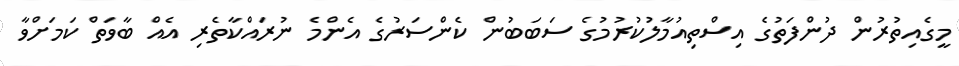
މީގެއިތުރުން ދުންފަތުގެ އިސްތިއުމާލުކުރުމުގެ ސަބަބުން ކެންސަރުގެ އެންމެ ނުރައްކާތެރި އެއް ބާވަތް ކަމަށްވާ